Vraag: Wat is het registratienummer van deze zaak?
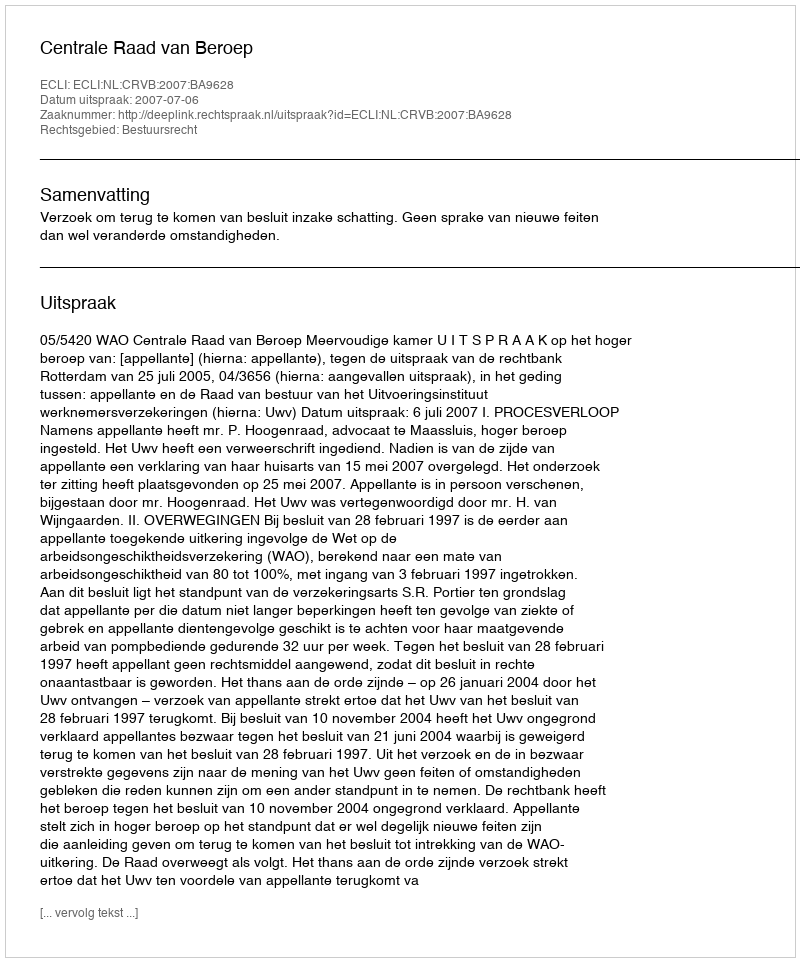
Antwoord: http://deeplink.rechtspraak.nl/uitspraak?id=ECLI:NL:CRVB:2007:BA9628